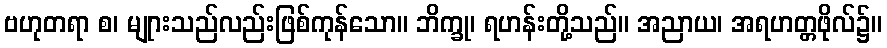
ဗဟုတရာ စ၊ မျုားသည်လည်းဖြစ်ကုန်သော။ ဘိက္ခု၊ ရဟန်းတို့သည်။ အညာယ၊ အရဟတ္တဖိုလ်၌။